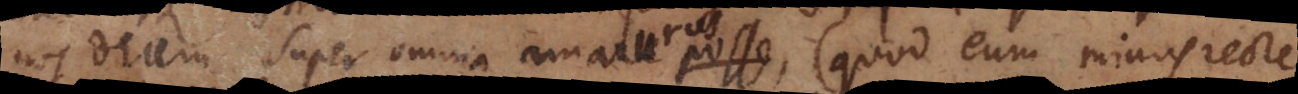
nos Deum super omnia amaturos, (quod eum minus recte